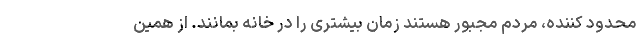
محدود کننده، مردم مجبور هستند زمان بیشتری را در خانه بمانند. از همین